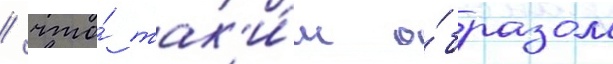
/ что́ так'и́м о́бразом